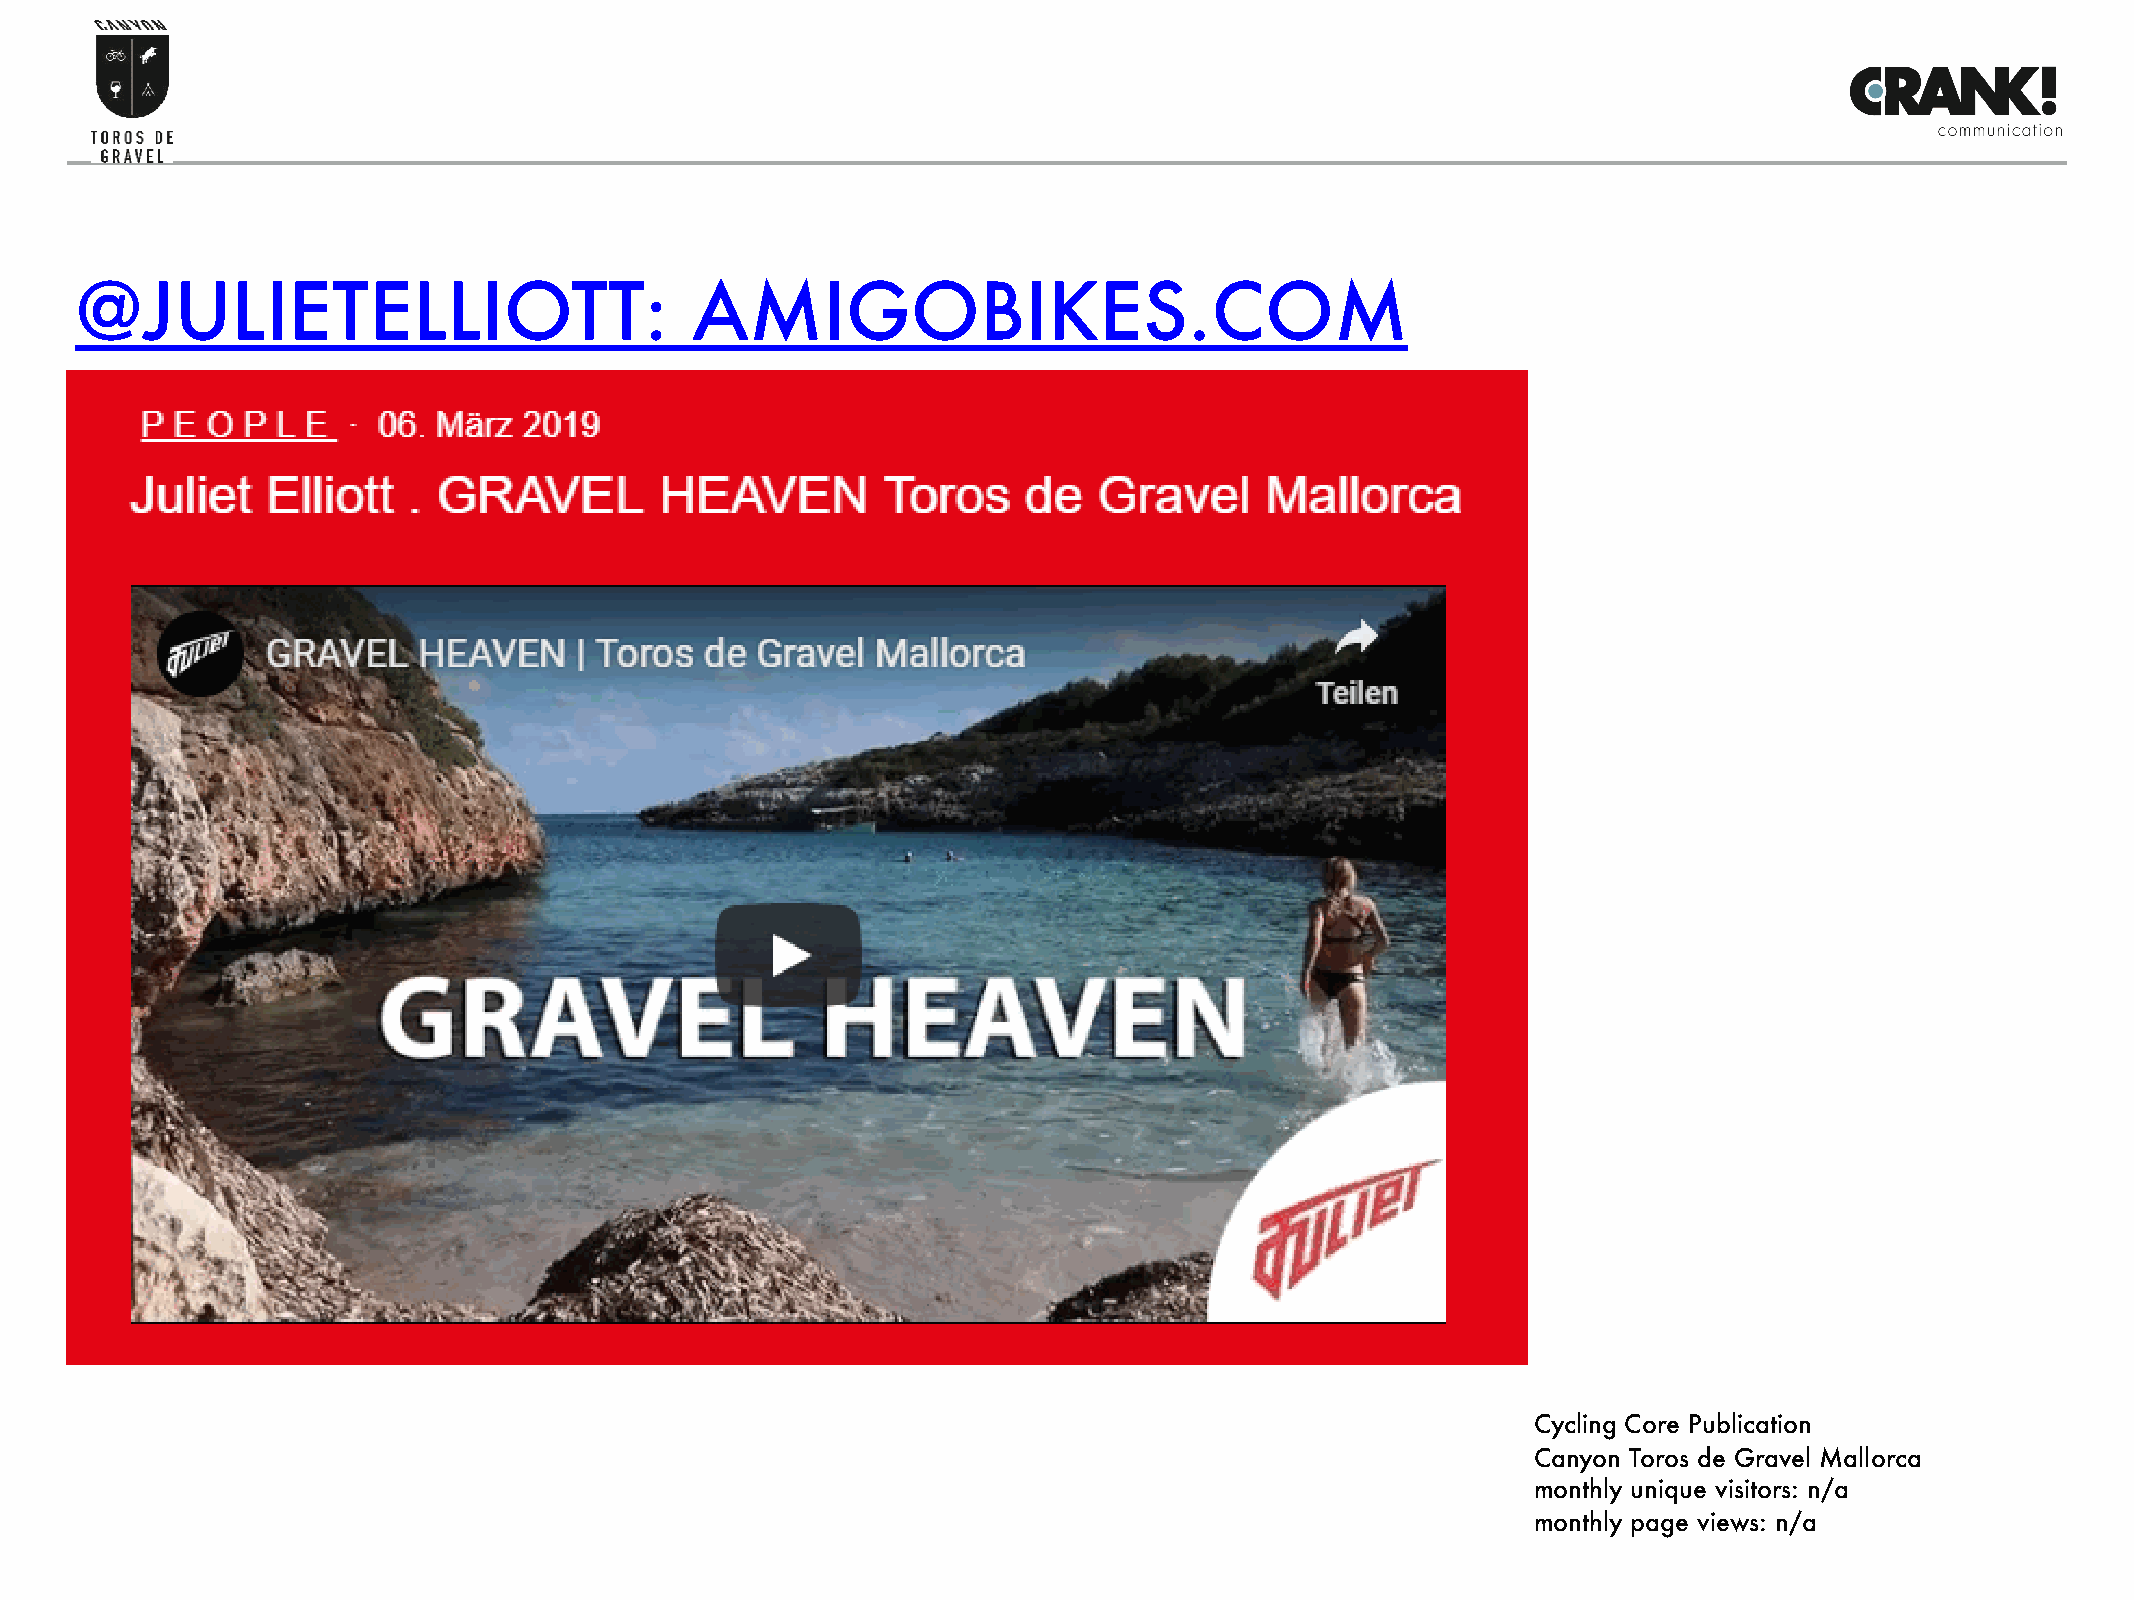
@JULIETELLIOTT:                          AMIGOBIKES.COM
 Cycling Core Publication
 Canyon Toros de Gravel Mallorca
 monthly unique visitors: n/a
 monthly page views: n/a